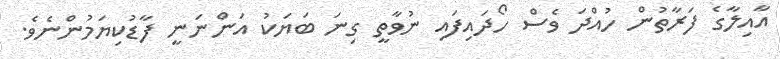
އާއިލާގެ ފަރާތުން ހުއްދަ ވެސް ހޯދައިފައި ނުވާތީ ގިނަ ބަޔަކު އަންނަނީ ފާޑުކިޔަމުންނެވެ.